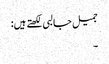
جمیل جالبی لکھتے ہیں:
۔